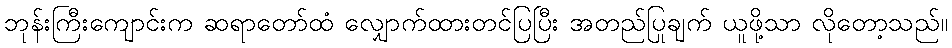
ဘုန်းကြီးကျောင်းက ဆရာတော်ထံ လျှောက်ထားတင်ပြပြီး အတည်ပြုချက် ယူဖို့သာ လိုတော့သည်။